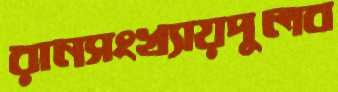
রানসংখ্যায়দুলব